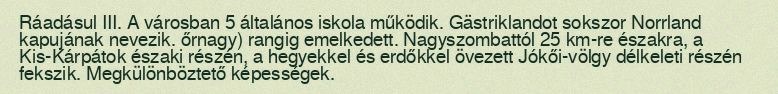
Ráadásul III. A városban 5 általános iskola működik. Gästriklandot sokszor Norrland kapujának nevezik. őrnagy) rangig emelkedett. Nagyszombattól 25 km-re északra, a Kis-Kárpátok északi részén, a hegyekkel és erdőkkel övezett Jókői-völgy délkeleti részén fekszik. Megkülönböztető képességek.